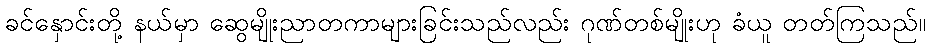
ခင်နှောင်းတို့ နယ်မှာ ဆွေမျိုးညာတကာများခြင်းသည်လည်း ဂုဏ်တစ်မျိုးဟု ခံယူ တတ်ကြသည်။